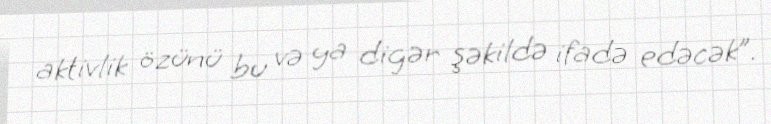
aktivlik özünü bu və ya digər şəkildə ifadə edəcək”.